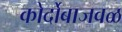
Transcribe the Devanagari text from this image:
कोर्दोबाजवळ